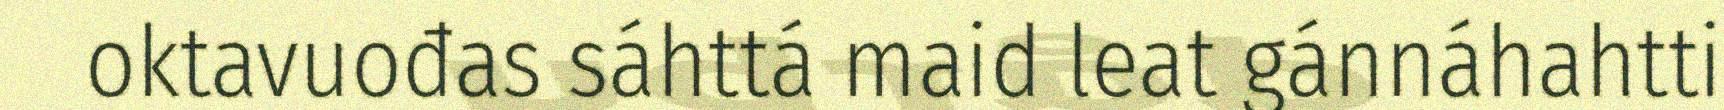
oktavuođas sáhttá maid leat gánnáhahtti